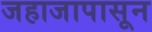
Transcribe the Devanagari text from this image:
जहाजापासून